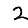
Digit: 2